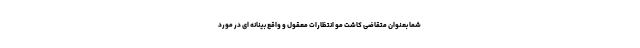
شما بعنوان متقاضی کاشت مو انتظارات معقول و واقع بینانه ای در مورد